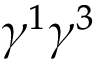
\gamma ^ { 1 } \gamma ^ { 3 }